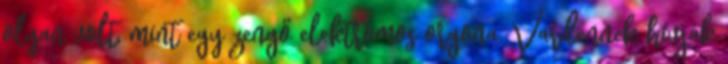
olyan volt, mint egy zengő elektromos orgona. Vardennek hívják